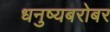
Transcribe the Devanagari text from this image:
धनुष्यबरोबर